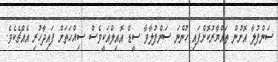
ސަންފުލާ އޮށުން ތައްޔާރުކޮށްފައި ހުންނަ ސަންފުލާވާ ސީޑް އޮއިލްއަކީވެސް ސިއްހަތަށް ފައިދާހުރި އެއްޗެކެވެ.